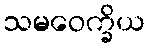
သမဝေက္ခိယ